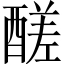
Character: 醝